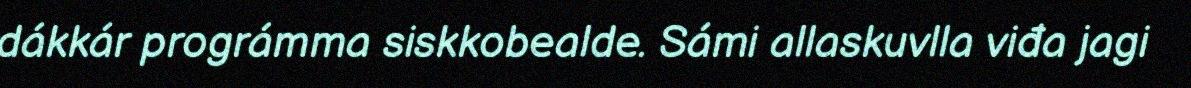
dákkár prográmma siskkobealde. Sámi allaskuvlla viđa jagi